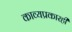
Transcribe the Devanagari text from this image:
काव्यप्रकारही